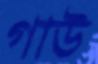
গাউ